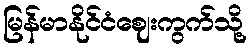
မြန်မာနိုင်ငံဈေးကွက်သို့